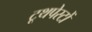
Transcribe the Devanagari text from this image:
टूथपेस्टों